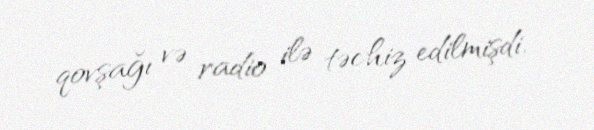
qovşağı və radio ilə təchiz edilmişdi.